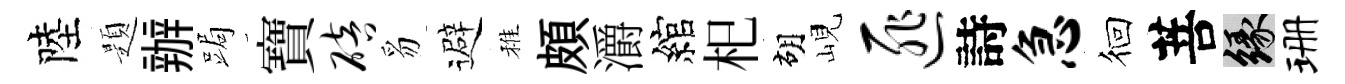
陸題辦跼寶碚豸避稚頗灂綰𣏌胡峴匪詩急徊菩緣珊